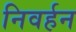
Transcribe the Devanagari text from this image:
निवर्हन